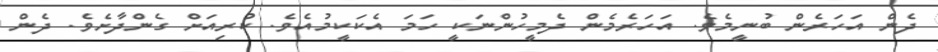
ދެން އަހަރެން ބުނީމެވެ. އަހަރެމެން ދެމީހުންނަކީ ހަމަ އެކަކީމުއެވެ. ކުރިއަށް ގެންދާށެވެ. ދެން